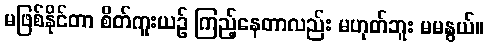
မဖြစ်နိုင်တာ စိတ်ကူးယဉ် ကြည့်နေတာလည်း မဟုတ်ဘူး မမနွယ်။